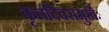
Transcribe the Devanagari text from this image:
कृतदिवसमुखैः